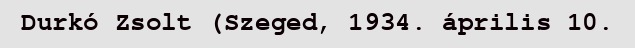
Durkó Zsolt (Szeged, 1934. április 10.